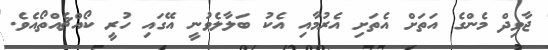
ޖާވިދް މެންގެ އަތަށް އެތަށި އެރުމާއި އެކު ބަލާލެވުނީ އޭގައި ހުރީ ކޯއްޗެއްތޯއެވެ.